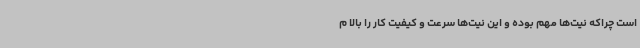
است چراکه نیت‌ها مهم بوده و این نیت‌ها سرعت و کیفیت کار را بالا م